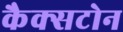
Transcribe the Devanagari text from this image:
कैक्सटोन